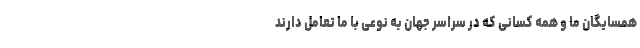
همسایگان ما و همه کسانی که در سراسر جهان به نوعی با ما تعامل دارند